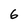
Character: 6